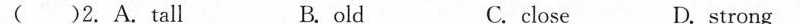
( ) 2.A.tall B.old C.close D.strong